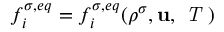
f _ { i } ^ { \sigma , e q } = f _ { i } ^ { \sigma , e q } ( \rho ^ { \sigma } , \bf { u } , \textit { T } )